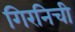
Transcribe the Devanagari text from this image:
गिरनिची